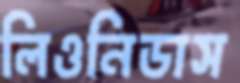
লিওনিডাস